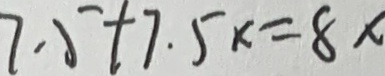
7 . 5 + 7 . 5 x = 8 x